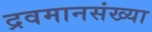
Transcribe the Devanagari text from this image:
द्रवमानसंख्या